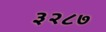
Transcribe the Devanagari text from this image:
३२८७